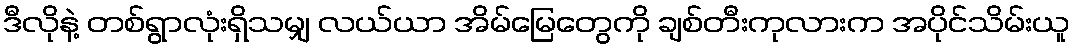
ဒီလိုနဲ့ တစ်ရွာလုံးရှိသမျှ လယ်ယာ အိမ်မြေတွေကို ချစ်တီးကုလားက အပိုင်သိမ်းယူ